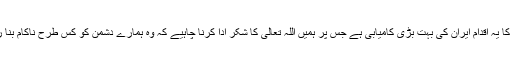
امریکہ کا یہ اقدام ایران کی بہت بڑی کامیابی ہے جس پر ہمیں اللہ تعالی کا شکر ادا کرنا چاہیے کہ وہ ہمارے دشمن کو کس طرح ناکام بنا رہا ہے۔